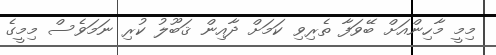
މިމީ މާހިންއަށް ބޭވަފާ ތެރިވި ކަމަށް ދާއިން ޤަބޫލު ކުރި ނަމަވެސް މިމީގެ